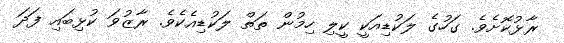
ރާޅުކޮށެވެ. ގަހުގެ ލަކުޑިއަކީ ކީލި ހިމުން ތަތް ލަކުޑިއެކެވެ. ރާޒުވަ ކުޅިބައި ފަދަ